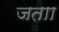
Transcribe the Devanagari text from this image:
जताा